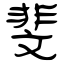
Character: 斐